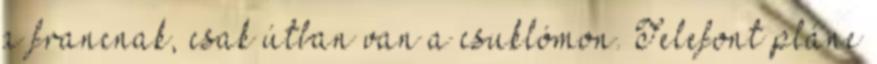
a francnak, csak útban van a csuklómon. Telefont pláne